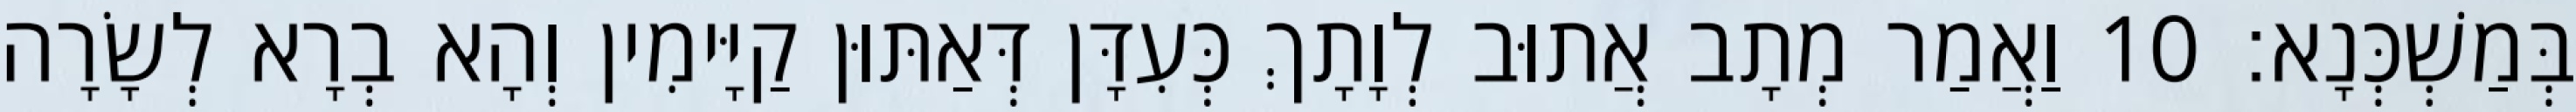
בְּמַשְׁכְּנָא׃ 10 וַאֲמַר מְתָב אֲתוּב לְוָתָךְ כְּעִדָּן דְּאַתּוּן קַיָּימִין וְהָא בְרָא לְשָׂרָה